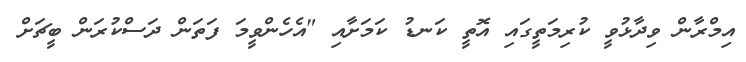
އިމްރާން ވިދާޅުވީ ކުރިމަތީގައި އޮތީ ކަނޑު ކަމަށާއި "އެހެންވީމަ ފަތަން ދަސްކުރަން ބީޗަށް